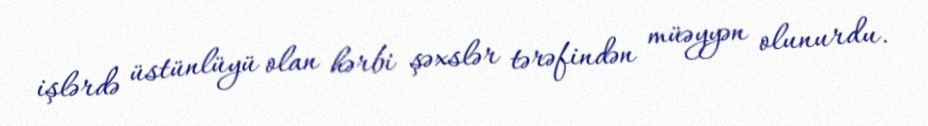
işlərdə üstünlüyü olan hərbi şəxslər tərəfindən müəyyən olunurdu.